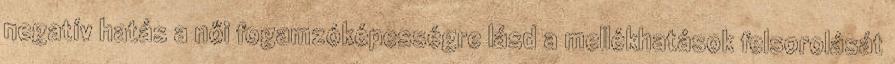
negatív hatás a női fogamzóképességre lásd a mellékhatások felsorolását